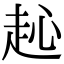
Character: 𧺨